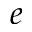
e